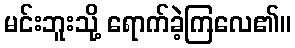
မင်းဘူးသို့ ရောက်ခဲ့ကြလေ၏။